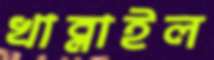
খাব্‌লাইল